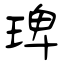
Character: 琕